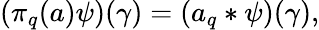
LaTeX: (\pi_{q}(a)\psi)(\gamma)=(a_{q}*\psi)(\gamma),